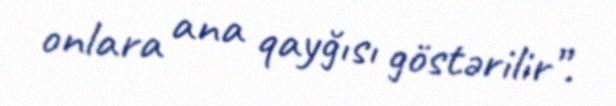
onlara ana qayğısı göstərilir”.